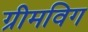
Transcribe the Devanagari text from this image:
ग्रीमविग